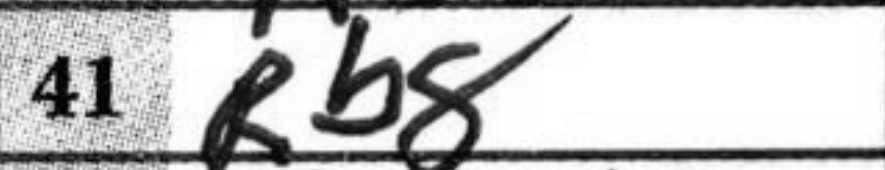
Transcription: Rb8